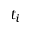
t _ { i }